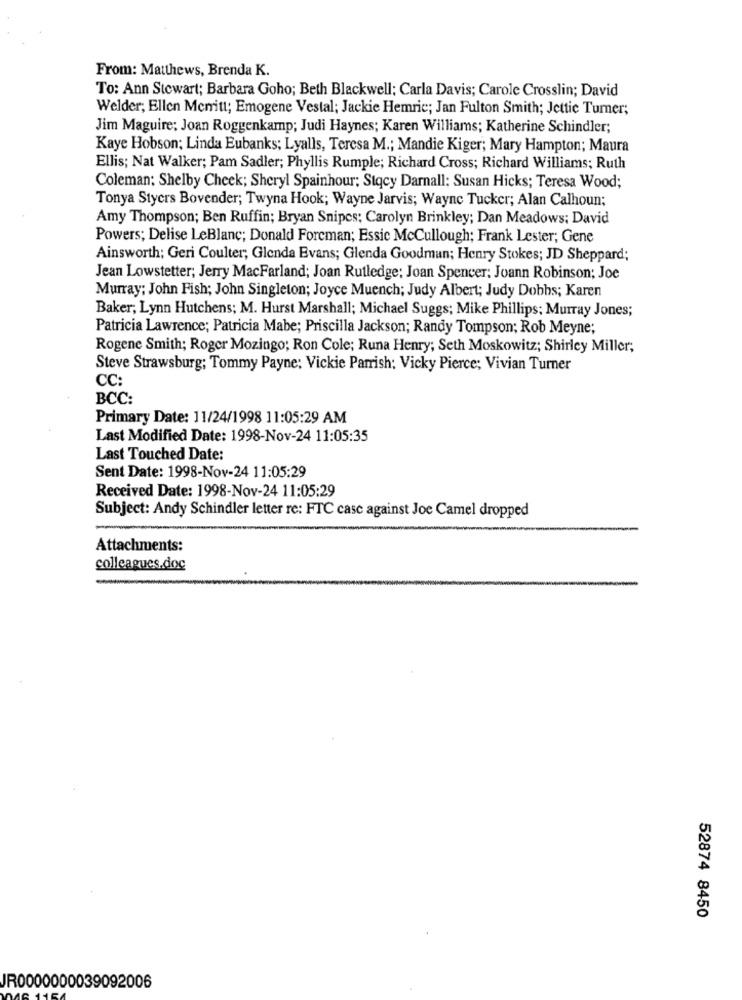
From: Matthews, Brenda K.
To: Ann Stewart; Barbara Goho; Beth Blackwell: Carla Davis; Carole Crosslin; David
Welder; Ellen Menitt; Emogene Vestal; Jackie Hemric; Jan Fulton Smith; Jettie Turner;
Jim Maguire: Joan Roggenkamp; Judi Haynes; Karen Williams; Katherine Schindler;
Kaye Hobson; Linda Eubanks; Lyalls, Teresa M .; Mandie Kiger; Mary Hampton; Maura
Ellis; Nat Walker; Pam Sadler; Phyllis Rumple; Richard Cross; Richard Williams; Ruth
Coleman: Shelby Cheek; Sheryl Spainhour; Stqcy Darnall: Susan Hicks; Teresa Wood;
Tonya Stycrs Bovender; Twyna Hook; Wayne Jarvis; Wayne Tucker; Alan Calhoun;
Amy Thompson; Ben Ruffin; Bryan Snipes; Carolyn Brinkley; Dan Meadows; David
Powers; Delise LeBlanc; Donald Foreman; Essic Mccullough; Frank Lester; Gene
Ainsworth; Geri Coulter; Glenda Evans; Glenda Goodman; Henry Stokes; JD Sheppard;
Jean Lowstetter; Jerry MacFarland; Joan Rutledge; Joan Spencer; Joann Robinson; Joe
Murray; John Fish; John Singleton; Joyce Muench; Judy Albert; Judy Dobbs; Karen
Baker; Lynn Hutchens; M. Hurst Marshall; Michael Suggs; Mike Phillips; Murray Jones;
Patricia Lawrence; Patricia Mabe; Priscilla Jackson; Randy Tompson; Rob Meyne;
Rogene Smith; Roger Mozingo; Ron Cole; Runa Henry; Seth Moskowitz; Shirley Miller;
Steve Strawsburg; Tommy Payne: Vickie Parrish: Vicky Pierce; Vivian Turner
CC:
BCC:
Primary Date: 11/24/1998 11:05:29 AM
Last Modified Date: 1998-Nov-24 11:05:35
Last Touched Date:
Sent Date: 1998-Nov-24 11:05:29
Received Date: 1998-Nov-24 11:05:29
Subject: Andy Schindler letter re: FTC case against Joe Camel dropped
Attachments:
colleagues.doc
52874 8450
IR0000000039092006